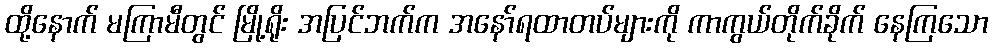
ထို့နောက် မကြာမီတွင် မြို့ရိုး အပြင်ဘက်က အနော်ရထာတပ်များကို ကာကွယ်တိုက်ခိုက် နေကြသော